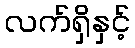
လက်ရှိနှင့်